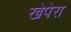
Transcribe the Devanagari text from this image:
खेपेरा